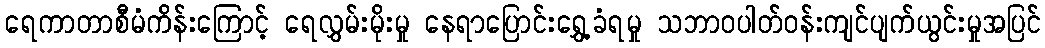
ရေကာတာစီမံကိန်းကြောင့် ရေလွှမ်းမိုးမှု နေရာပြောင်းရွှေ့ခံရမှု သဘာဝပါတ်ဝန်းကျင်ပျက်ယွင်းမှုအပြင်